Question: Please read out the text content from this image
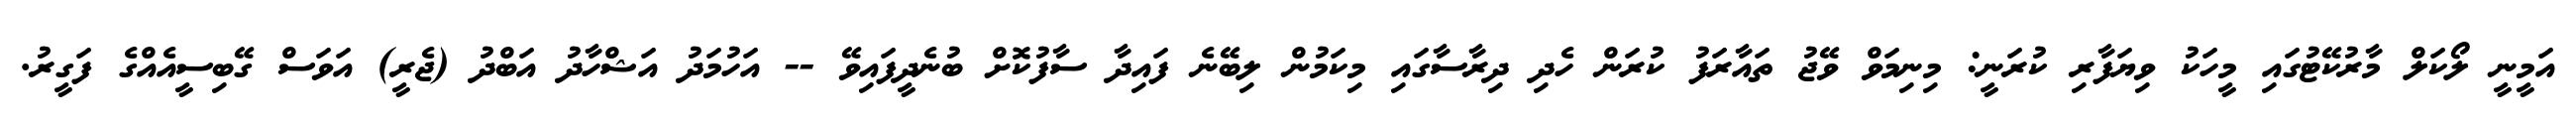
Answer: އަމީނީ ލޯކަލް މާރުކޭޓުގައި މީހަކު ވިޔަފާރި ކުރަނީ: މިނިމަވް ވޭޖު ތައާރަފު ކުރަން ހެދި ދިރާސާގައި މިކަމުން ލިބޭނެ ފައިދާ ސާފުކޮށް ބުނެދީފައިވޭ -- އަހުމަދު އަޝްހާދު އަބްދު (ޖެރީ) އަވަސް ގޭބިސީއެއްގެ ފަގީރު.